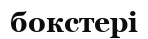
бокстері